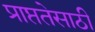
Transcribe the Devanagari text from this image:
प्राप्ततेसाठी